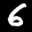
Label: 6